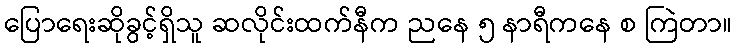
ပြောရေးဆိုခွင့်ရှိသူ ဆလိုင်းထက်နီက ညနေ ၅ နာရီကနေ စ ကြဲတာ။